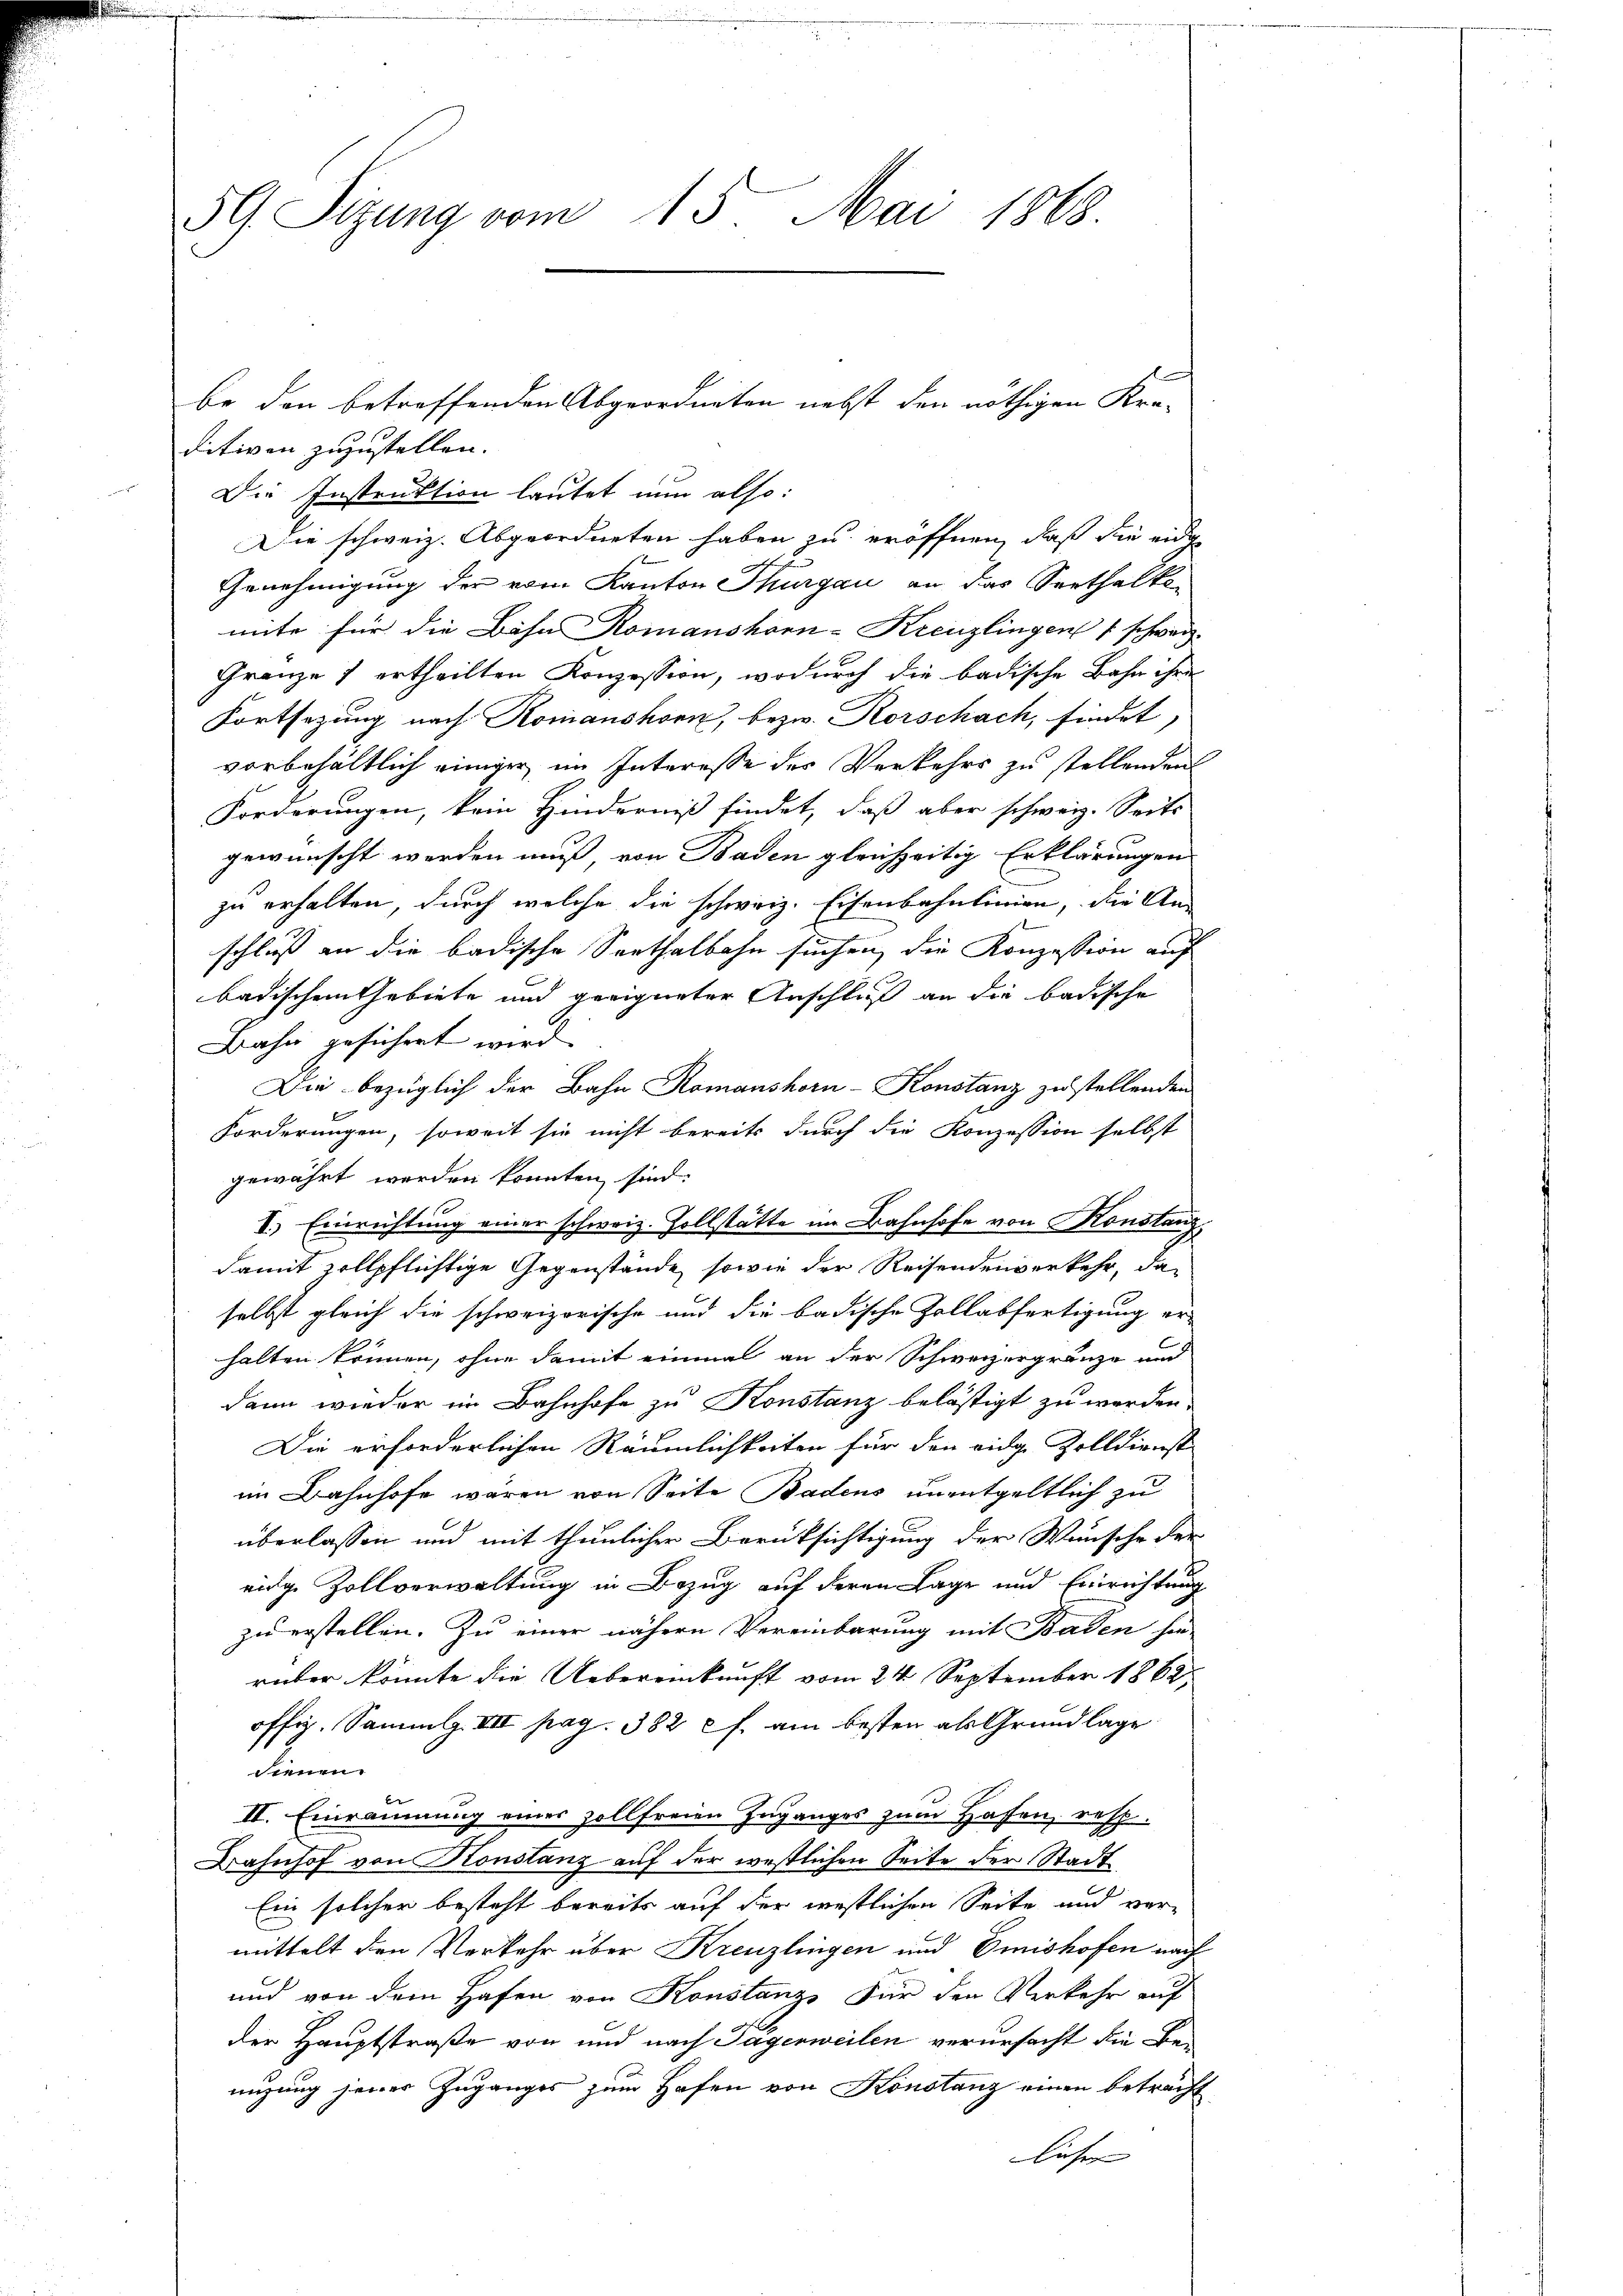
59. Sizung vom 15. Mai 1868

be den betreffenden Abgeordneten nebst den nöthigen Kre-
Die Instruktion lautet nun also:
Die schweiz. Abgeordneten haben zu eröffnen, daß die eige

ditiven zuzustellen.
Genehmigung der vom Kanton Thurgau an das Seethalko-
mite für die Bahn Romanshorn-Kreuzlingen schweiz.
Gränz(...) ertheilten Konzession, wodurch die badische Bahn ihre
Fortsezung nach Komanshorn, bezw. Rorschach, findet,
vorbehältlich einiger im Interesse des Verkehrs zu stellenden
Forderungen, kein Hinderniß findet, daß aber schweiz. Seits
gewünscht werden muß von Baden gleichzeitig Erklärungen
zu erhalten, durch welche die schweiz. Eisenbahnlinien, die An-
schluß an die badische Sorthalbahn suchen, die Konzession auf
badischen Gebiete und geeigneter Anschluß an die badische
Bahn gesichert wird.
Die bezüglich der Bahn Romanshorn-Konstanz zu stellenden
E
forderungen, soweit sie nicht bereits durch die Konzession selbst
gewährt werden konnten sind.
I.) Einrichtung einer schweiz. Zollstätte im Bahnhofe von Konstanz
damit zollpflichtige Gegenstände, sowie der Reisendenverkehr, das
selbst gleich die schweizorische und die badische Zollabfertigung er-
halten können, ohne damit einmal an der Schweizergränze und
dann wieder im Bahnhofe zu Konstanz belästigt zu werden.
Die erforderlichen Räumlichkeiten für den eidge Zolldienst
im Bahnhofe waren von Seite Badens unentgeltlich zu
überlassen und mit thunlicher Berücksichtigung der Wunsche der
einge Zollverwaltung in Bezug auf deren Lage und Einrichtung
zu erstellen. Zu einer nähern Vereinbarung mit Baden hin-
rüber könnte die Uebereinkunft vom 24. September 1862
offig. Sammlg. VII pag. 382 f. am besten als Grundlage
sienen.
II. Einräumung eines zollfreien Zuganges zum Hafen, resp.
Bahnhof von Konstanz auf der westlichen Seite der Stadt
Ein solcher besteht bereits auf der westlichen Seite und vermittelt den Verkehr über Kreuzlingen und Emishofen nach
und von dem Hafen von Konstanze Für den Verkehr auf
der Hauptstraße von und nach Sagerweilen verursacht die Benüzung jener Zuganges zum Hafen von Konstanz einen beträcht
liechen |